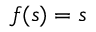
f ( s ) = s